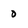
Character: 0